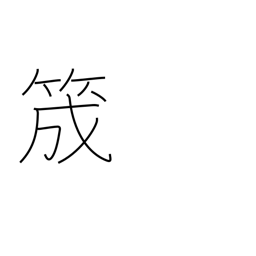
Meaning: guide for yarn on a loom